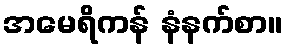
အမေရိကန် နံနက်စာ။